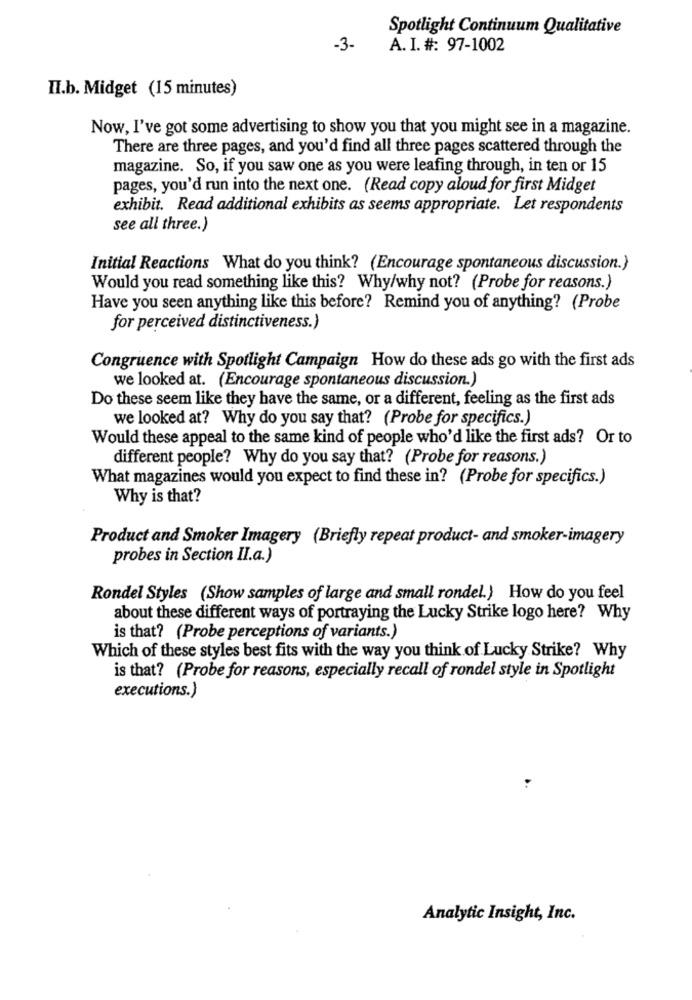
Spotlight Continuum Qualitative
-3-
A. I. #: 97-1002
II.b. Midget (15 minutes)
Now, I've got some advertising to show you that you might see in a magazine.
There are three pages, and you'd find all three pages scattered through the
magazine. So, if you saw one as you were leafing through, in ten or 15
pages, you'd run into the next one. (Read copy aloud for first Midget
exhibit. Read additional exhibits as seems appropriate. Let respondents
see all three.)
Initial Reactions What do you think? (Encourage spontaneous discussion.}
Would you read something like this? Why/why not? (Probe for reasons.)
Have you seen anything like this before? Remind you of anything? (Probe
for perceived distinctiveness.)
Congruence with Spotlight Campaign How do these ads go with the first ads
we looked at. (Encourage spontaneous discussion.)
Do these seem like they have the same, or a different, feeling as the first ads
we looked at? Why do you say that? (Probe for specifics.)
Would these appeal to the same kind of people who'd like the first ads? Or to
different people? Why do you say that? (Probe for reasons.)
What magazines would you expect to find these in? (Probe for specifics.)
Why is that?
Product and Smoker Imagery (Briefly repeat product- and smoker-imagery
probes in Section II.a.)
Rondel Styles (Show samples of large and small rondel.) How do you feel
about these different ways of portraying the Lucky Strike logo here? Why
is that? (Probe perceptions of variants.)
Which of these styles best fits with the way you think of Lucky Strike? Why
is that? (Probe for reasons, especially recall of rondel style in Spotlight
executions.)
Analytic Insight, Inc.